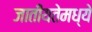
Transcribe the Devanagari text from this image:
जातीयतेमध्ये